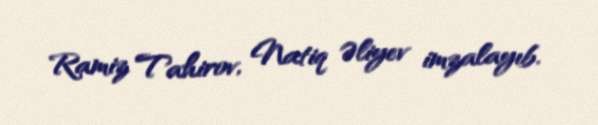
Ramiz Tahirov, Natiq Əliyev imzalayıb.